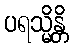
ပရသ္မိန္တိ